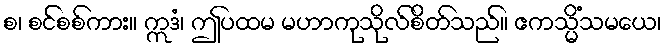
စ၊ စင်စစ်ကား။ ဣဒံ၊ ဤပထမ မဟာကုသိုလ်စိတ်သည်။ ဧကသ္မိံသမယေ၊